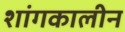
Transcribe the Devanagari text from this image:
शांगकालीन